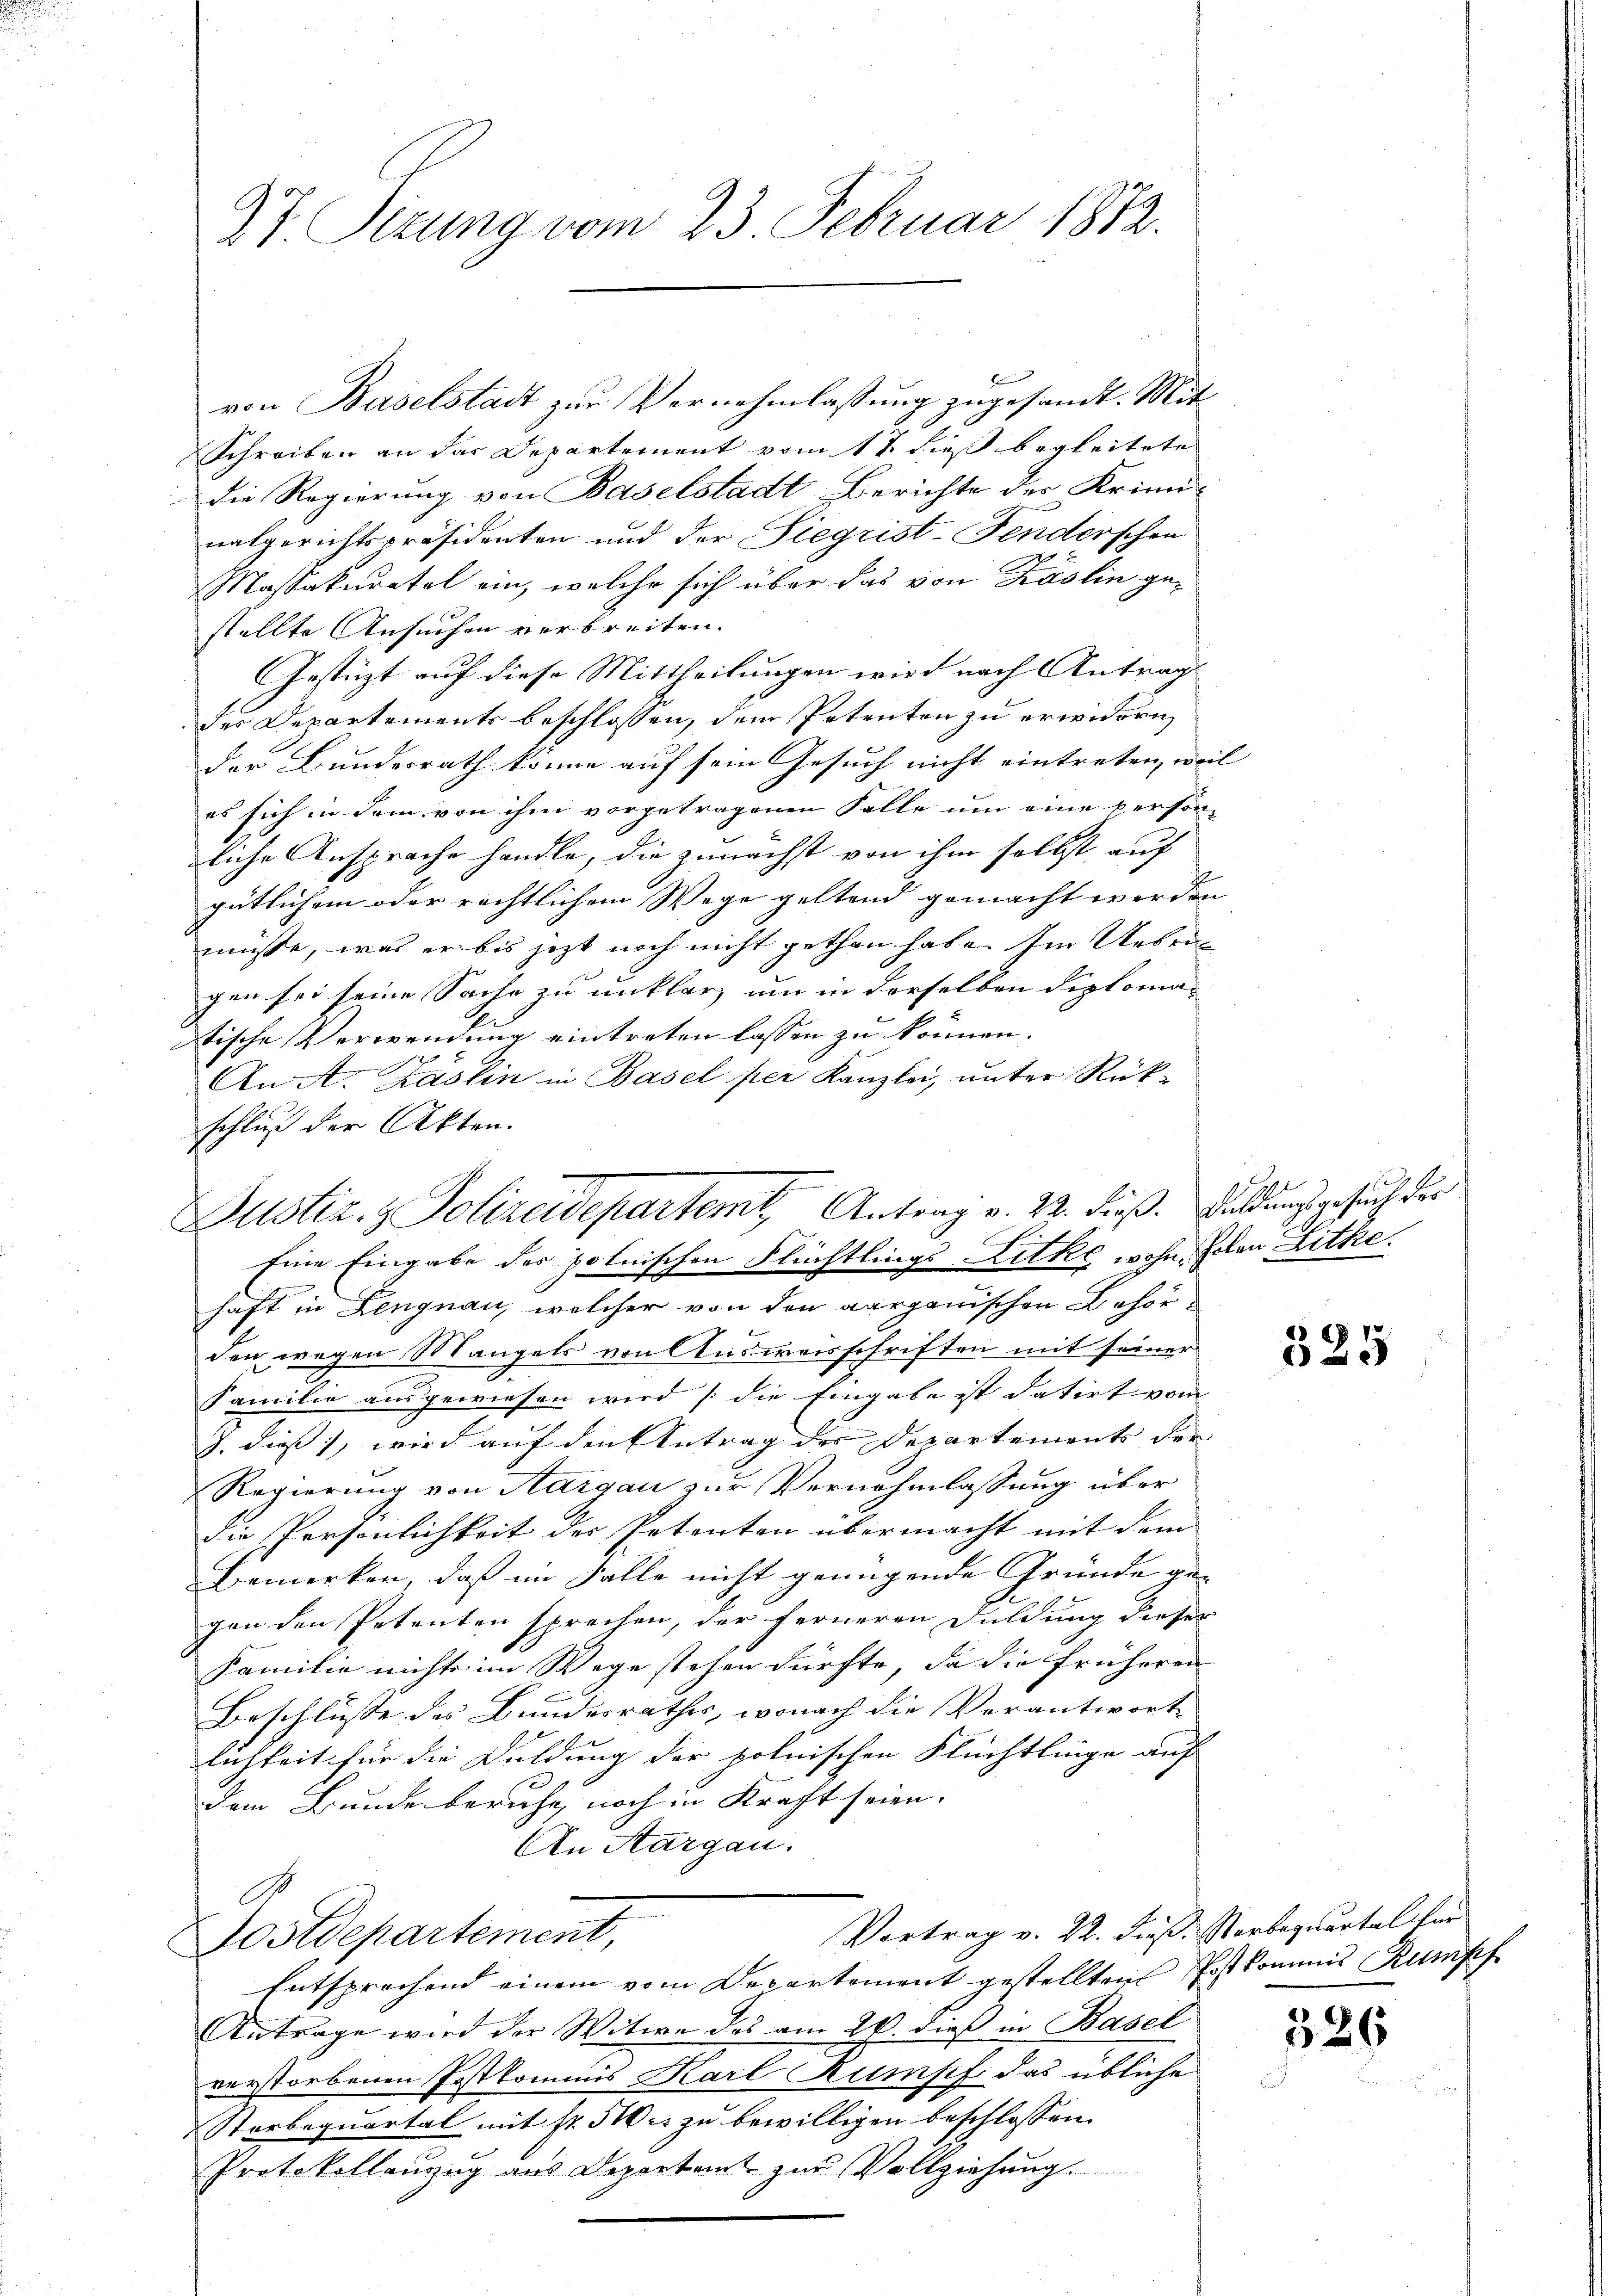
27 Sizung vom 23. Februar 1812.

von Baselstadt zur Vernehmlassung zugesandt. Mit
Schreiben an das Departement vom 17. dieß begleitete
die Regierung von Baselstadt Berichte der Kriminalgerichtspräsidenten und der Siegrist-Fenderschen
Massakuratel ein, welche sich über das von Käslin gestellte Ansuchen verbreiten.
Gestüzt auf diese Mittheilungen wird nach Antrag
der Departements beschlossen, dem Petenten zu erwidern,
der Bundesrath könne auf sein Gesuch nicht eintreten, weil
es sich in dem von ihm vorgetragenen Falle um eine person-
liche Ansprache handle, die zunächst von ihm selbst auf
gütlichem oder rechtlichem Wege geltend gemacht werden |
müsse, was er bis jetzt noch nicht gethan habe. Im Uebergen sei seine Sache zu unklar, um in derselben diploma- |
stische Verwendung eintreten lassen zu können.
An A. Käslin in Basel per Kanzlei, unter Rückschluß der Akten.
Eine Eingabe des polnischen Flüchtlings Litke wohn, solan Lithe.
haft in Lengnau, welcher von den aargauischen Behörden wegen Mangels von Ausweisschriften mit seiner
Familie ausgewiesen wird [die Eingabe ist datirt vom
J. dieß, wird auf den Antrag der Departements der
Regierung von Aargau zur Vernehmlassung über
die Persönlichkeit der Petenten übermacht mit dem
Bemerken, daß im Falle nicht genügende Gründe ge- |
gen den Petenten sprechen, der ferneren Duldung dieser
Familie nichts im Wege stehen dürfte, da die früheren
Beschlüsse des Bundesrathes, wonach die Verantwort
lichkeit für die Duldung der polnischen Flüchtlinge auf
dem Bunde beruhe, noch in Kraft seien.
An Aargau.
Vortrag v. 22. dieß. Sterbaquartal für
Postdepartement,
Entsprechend einem vom Departement gestellten Postkommis Rumpf
Antrage wird der Witwe des am 20. dieß in Basel
verstorbenen Postkommis Karl Rumpf das übliche
Starbequartal mit Fr. 510 u. zu bewilligen beschlossen.
Protokollanzug aus Departamt zur Vollziehung.

Justiz- & Polizeidepartemt, Antrag v. 22. dieß. Bildung gesuch des

325

326